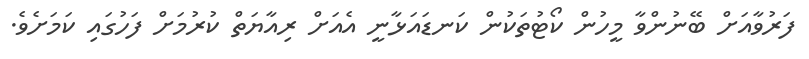
ފަރުވާއަށް ބޭނުންވާ މީހުން ކޯޓުތަކުން ކަނޑައަޅާނީ އެއަށް ރިއާޔަތް ކުރުމަށް ފަހުގައި ކަމަށެވެ.